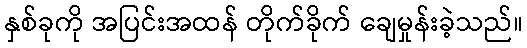
နှစ်ခုကို အပြင်းအထန် တိုက်ခိုက် ချေမှုန်းခဲ့သည်။